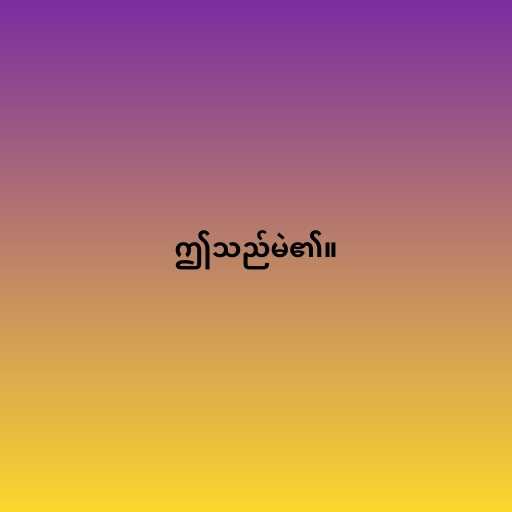
ဤသည်မဲ၏။